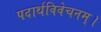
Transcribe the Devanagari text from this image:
पदार्थविवेचनम्।